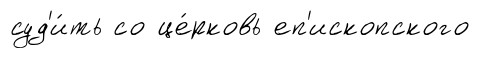
суд'и́ть со це́рковь еп'ископского